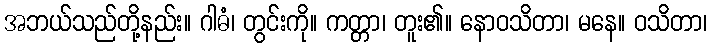
အဘယ်သည်တို့နည်း။ ဂါဓံ၊ တွင်းကို။ ကတ္တာ၊ တူး၏။ နောဝသိတာ၊ မနေ။ ဝသိတာ၊